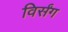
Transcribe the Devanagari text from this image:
विर्संग